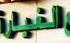
الفبار